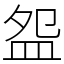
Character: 盌